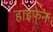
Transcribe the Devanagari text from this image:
हाइफे़न